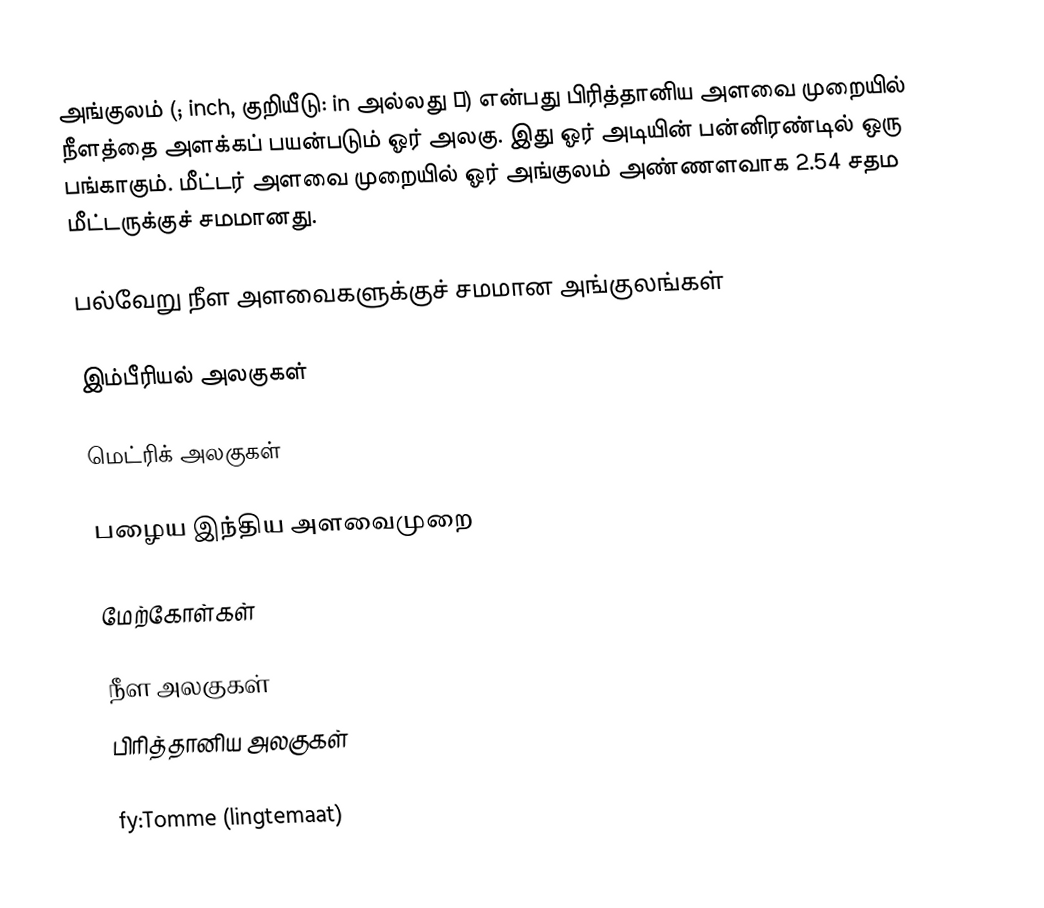
அங்குலம் (; inch, குறியீடு: in அல்லது ″) என்பது பிரித்தானிய அளவை முறையில் நீளத்தை அளக்கப் பயன்படும் ஓர் அலகு. இது ஓர் அடியின் பன்னிரண்டில் ஒரு பங்காகும். மீட்டர் அளவை முறையில் ஓர் அங்குலம் அண்ணளவாக 2.54 சதம மீட்டருக்குச் சமமானது.

பல்வேறு நீள அளவைகளுக்குச் சமமான அங்குலங்கள்

இம்பீரியல் அலகுகள்

மெட்ரிக் அலகுகள்

பழைய இந்திய அளவைமுறை

மேற்கோள்கள்

நீள அலகுகள்
பிரித்தானிய அலகுகள்

fy:Tomme (lingtemaat)